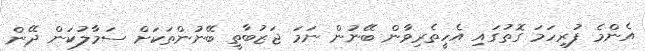
އެންމެ ފުރިހަމަ ގޮތުގައި އެހީތެރިވާން ބޭނުން ނަމަ ޖަޒުބާތީ ބޭނުންތަކަށް ސަމާލުކަން ދޭން